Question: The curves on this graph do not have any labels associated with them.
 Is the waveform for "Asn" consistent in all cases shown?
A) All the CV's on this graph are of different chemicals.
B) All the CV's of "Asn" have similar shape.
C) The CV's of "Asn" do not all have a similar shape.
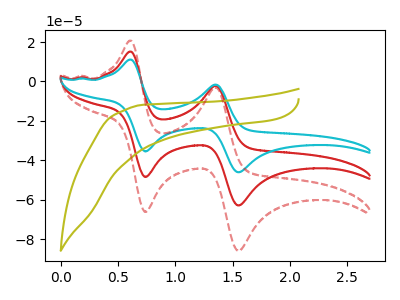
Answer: <think>The red curve "red" has anodic peaks at (0.60V, 15.15uA) (1.35V, -2.15uA) and cathodic peaks at (0.75V, -48.50uA) (1.55V, -62.95uA). The cyan curve "cyan" has anodic peaks at (0.60V, 30.35uA) (1.35V, -4.30uA) and cathodic peaks at (0.75V, -97.00uA) (1.55V, -125.90uA). The olive curve "olive" has no peaks. The red dashed curve "red dashed" has anodic peaks at (0.60V, 20.70uA) (1.35V, -2.95uA) and cathodic peaks at (0.75V, -66.25uA) (1.55V, -85.95uA).
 All the peaks in "red" have a peak in "cyan" at the same potential. "red" and "olive" have a different number of peaks. All the peaks in "red" have a peak in "red dashed" at the same potential. "cyan" and "olive" have a different number of peaks. All the peaks in "cyan" have a peak in "red dashed" at the same potential. "olive" and "red dashed" have a different number of peaks.</think>
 <answer>B) All the CV's of "Asn" have similar shape.</answer>
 <eval>B</eval>